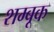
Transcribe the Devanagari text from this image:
शम्बूक